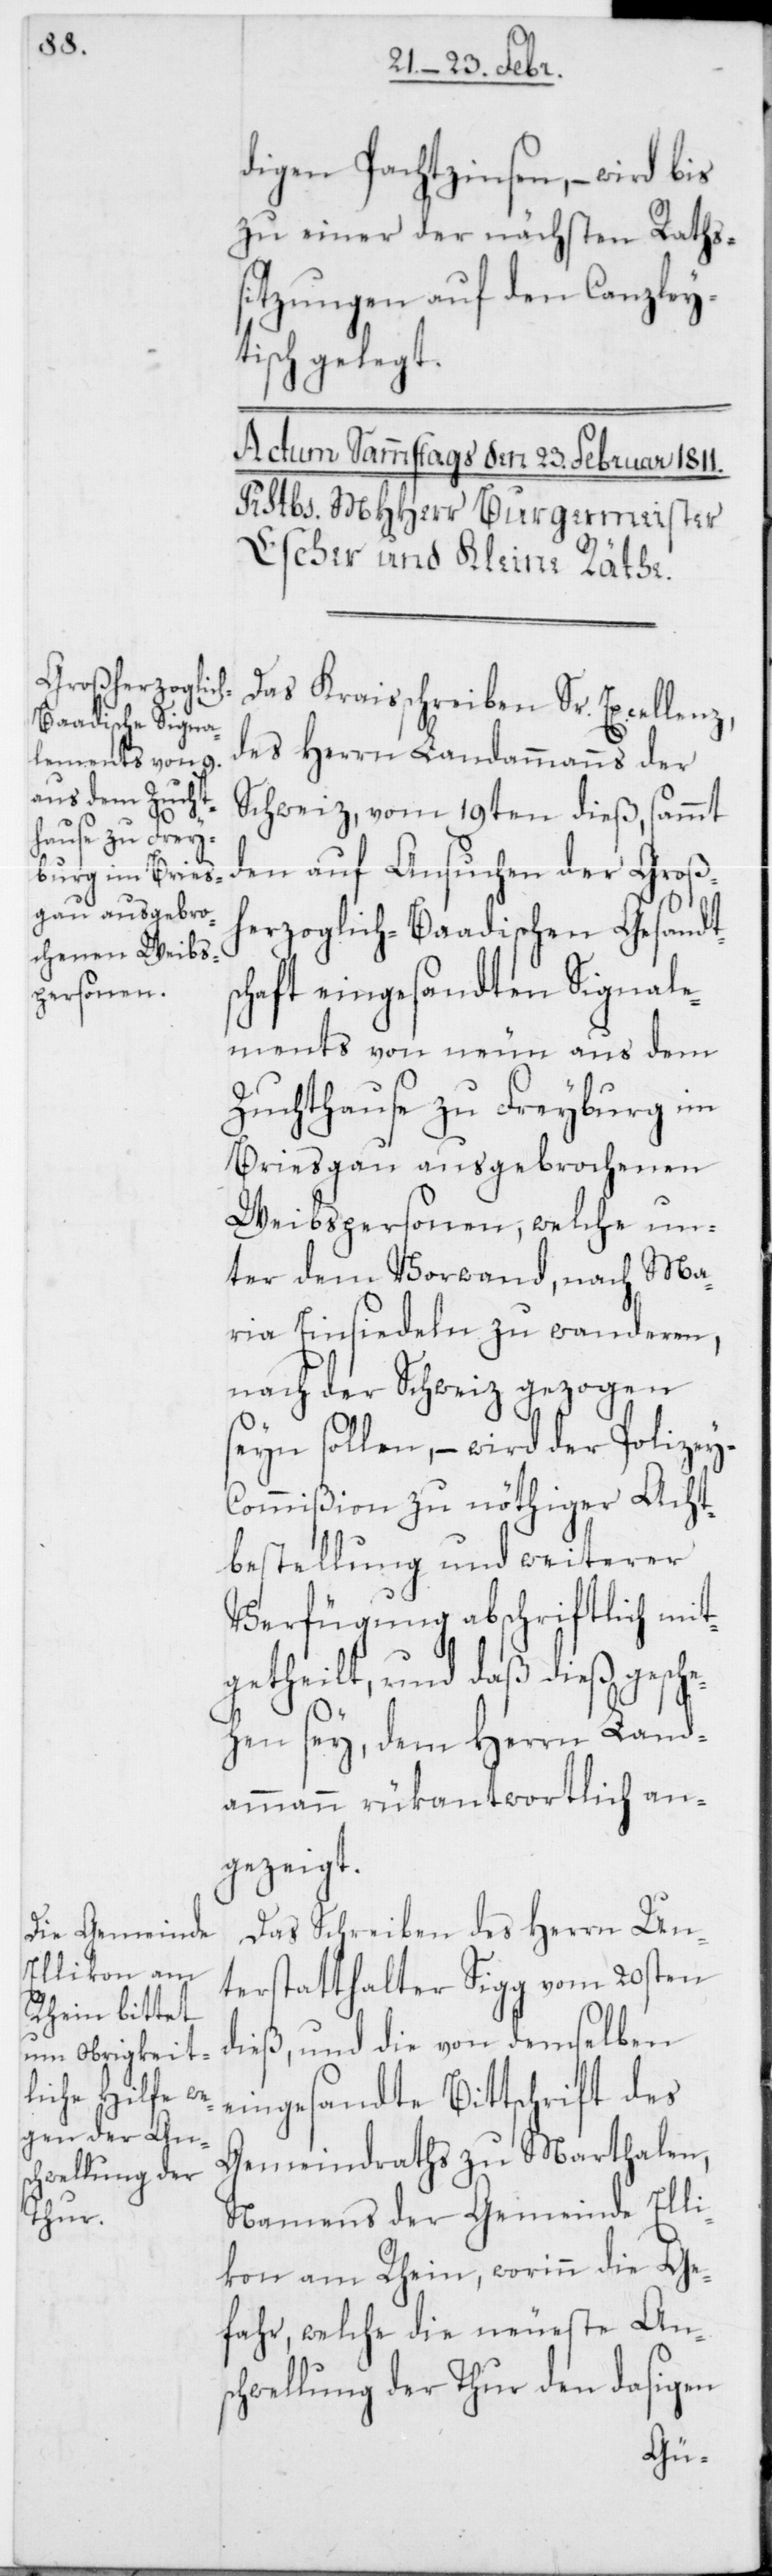
digen Pachtzinsen, – wird bis
zu einer der nächsten Rathss¬
itzungen auf den Canzley¬
tisch gelegt.
Das Kraisschreiben Sr. Excellenz,
des Herrn Landammanns der
Schweiz, vom 19ten dieß, sammt
den auf Ansuchen der Großh¬
erzoglich-Baadischen Gesandt¬
schaft eingesandten Signale¬
ments von neun aus dem
Zuchthause zu Freyburg im
Briesgau ausgebrochenen
Weibspersonen, welche un¬
ter dem Vorwand, nach Ma¬
ria Einsiedeln zu wanderen,
nach der Schweiz gezogen
seyn sollen, – wird der Polizey-C¬
ommißion zu nöthiger Acht¬
bestellung und weiterer
Verfügung abschriftlich mit¬
getheilt, und daß dieß gesch¬
ehen sey, dem Herrn Land¬
ammann rükantwortlich an¬
gezeigt.
Das Schreiben des Herrn Un¬
terstatthalter Sigg vom 20sten
dieß, und die von demselben
eingesandte Bittschrift des
Gemeindraths zu Marthalen,
Namens der Gemeinde Elli¬
kon am Rhein, worinn die Ge¬
fahr, welche die neueste Ans¬
chwellung der Thur den dasigen